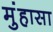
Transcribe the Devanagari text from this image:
मुंहासा